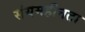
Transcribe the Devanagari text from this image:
संयमहीनता